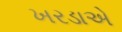
ખરડાએ